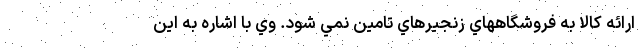
ارائه كالا به فروشگاههاي زنجيرهاي تامين نمي شود. وي با اشاره به اين